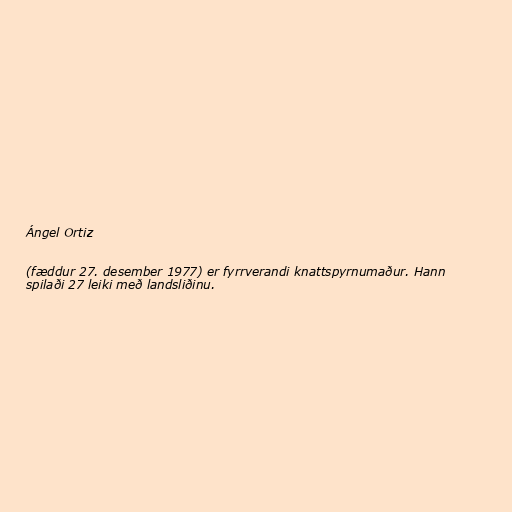
Ángel Ortiz

(fæddur 27. desember 1977) er fyrrverandi knattspyrnumaður. Hann
spilaði 27 leiki með landsliðinu.